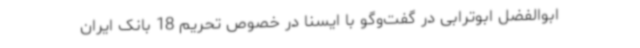
ابوالفضل ابوترابی در گفت‌وگو با ایسنا در خصوص تحریم 18 بانک ایران